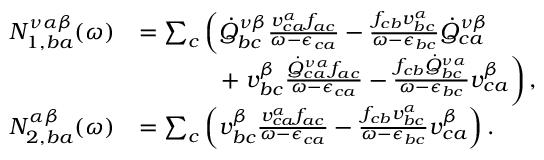
\begin{array} { r l } { N _ { 1 , b a } ^ { \nu \alpha \beta } ( \omega ) } & { = \sum _ { c } \left( \dot { Q } _ { b c } ^ { \nu \beta } \frac { v _ { c a } ^ { \alpha } f _ { a c } } { \omega - \epsilon _ { c a } } - \frac { f _ { c b } v _ { b c } ^ { \alpha } } { \omega - \epsilon _ { b c } } \dot { Q } _ { c a } ^ { \nu \beta } \right. } \\ & { \, \, \, \, \, \, \, \, \, \, \, \, \, \, \, \, \, \, \, \, \, + \left. v _ { b c } ^ { \beta } \frac { \dot { Q } _ { c a } ^ { \nu \alpha } f _ { a c } } { \omega - \epsilon _ { c a } } - \frac { f _ { c b } \dot { Q } _ { b c } ^ { \nu \alpha } } { \omega - \epsilon _ { b c } } v _ { c a } ^ { \beta } \right) \mathrm { , } } \\ { N _ { 2 , b a } ^ { \alpha \beta } ( \omega ) } & { = \sum _ { c } \left( v _ { b c } ^ { \beta } \frac { v _ { c a } ^ { \alpha } f _ { a c } } { \omega - \epsilon _ { c a } } - \frac { f _ { c b } v _ { b c } ^ { \alpha } } { \omega - \epsilon _ { b c } } v _ { c a } ^ { \beta } \right) \mathrm { . } } \end{array}